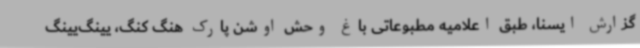
گزارش ایسنا، طبق اعلامیه مطبوعاتی باغ وحش اوشن پارک هنگ کنگ، یینگ‌یینگ